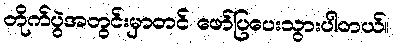
တိုက်ပွဲအတွင်းမှာတင် ဖော်ပြပေးသွားပါတယ်။